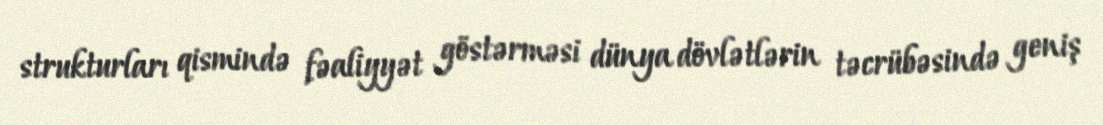
strukturları qismində fəaliyyət göstərməsi dünya dövlətlərin təcrübəsində geniş